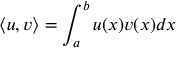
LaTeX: \left\langle u , v \right\rangle = \int _ { a } ^ { b } u ( x ) v ( x ) d x